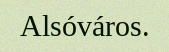
Alsóváros.